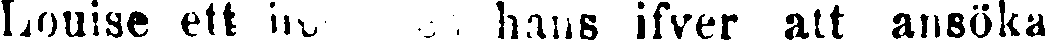
Louise ett ins  hans ifver att ansöka